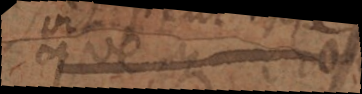
que nous